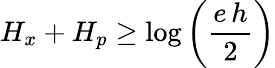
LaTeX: H_{x}+H_{p}\geq\log\left({\frac{e\, h}{2}}\right)